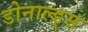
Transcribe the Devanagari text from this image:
डोनाल्ड्स